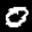
Label: 0